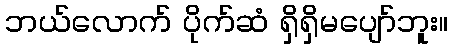
ဘယ်လောက် ပိုက်ဆံ ရှိရှိမပျော်ဘူး။